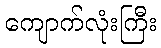
ကျောက်လုံးကြီး